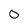
Character: 0